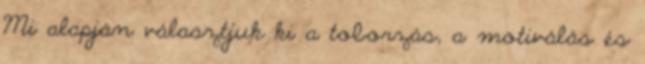
Mi alapján választjuk ki a toborzás, a motiválás és